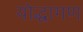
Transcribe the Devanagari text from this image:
योद्धागण